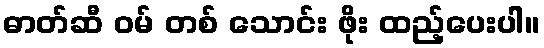
ဓာတ်ဆီ ဝမ် တစ် သောင်း ဖိုး ထည့်ပေးပါ။